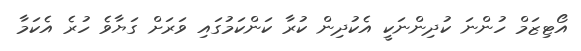
އޯޓިޒަމް ހުންނަ ކުދިންނަކީ އެކުދިން ކުރާ ކަންކަމުގައި ވަރަށް ގަޔާވެ ހުރެ އެކަމާ